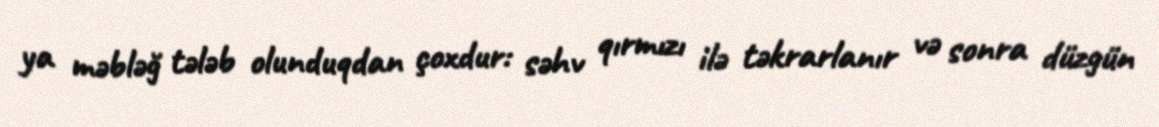
ya məbləğ tələb olunduqdan çoxdur: səhv qırmızı ilə təkrarlanır və sonra düzgün